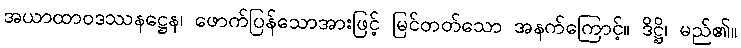
အယာထာဝဒဿနဋ္ဌေန၊ ဖောက်ပြန်သောအားဖြင့် မြင်တတ်သော အနက်ကြောင့်။ ဒိဋ္ဌိ၊ မည်၏။